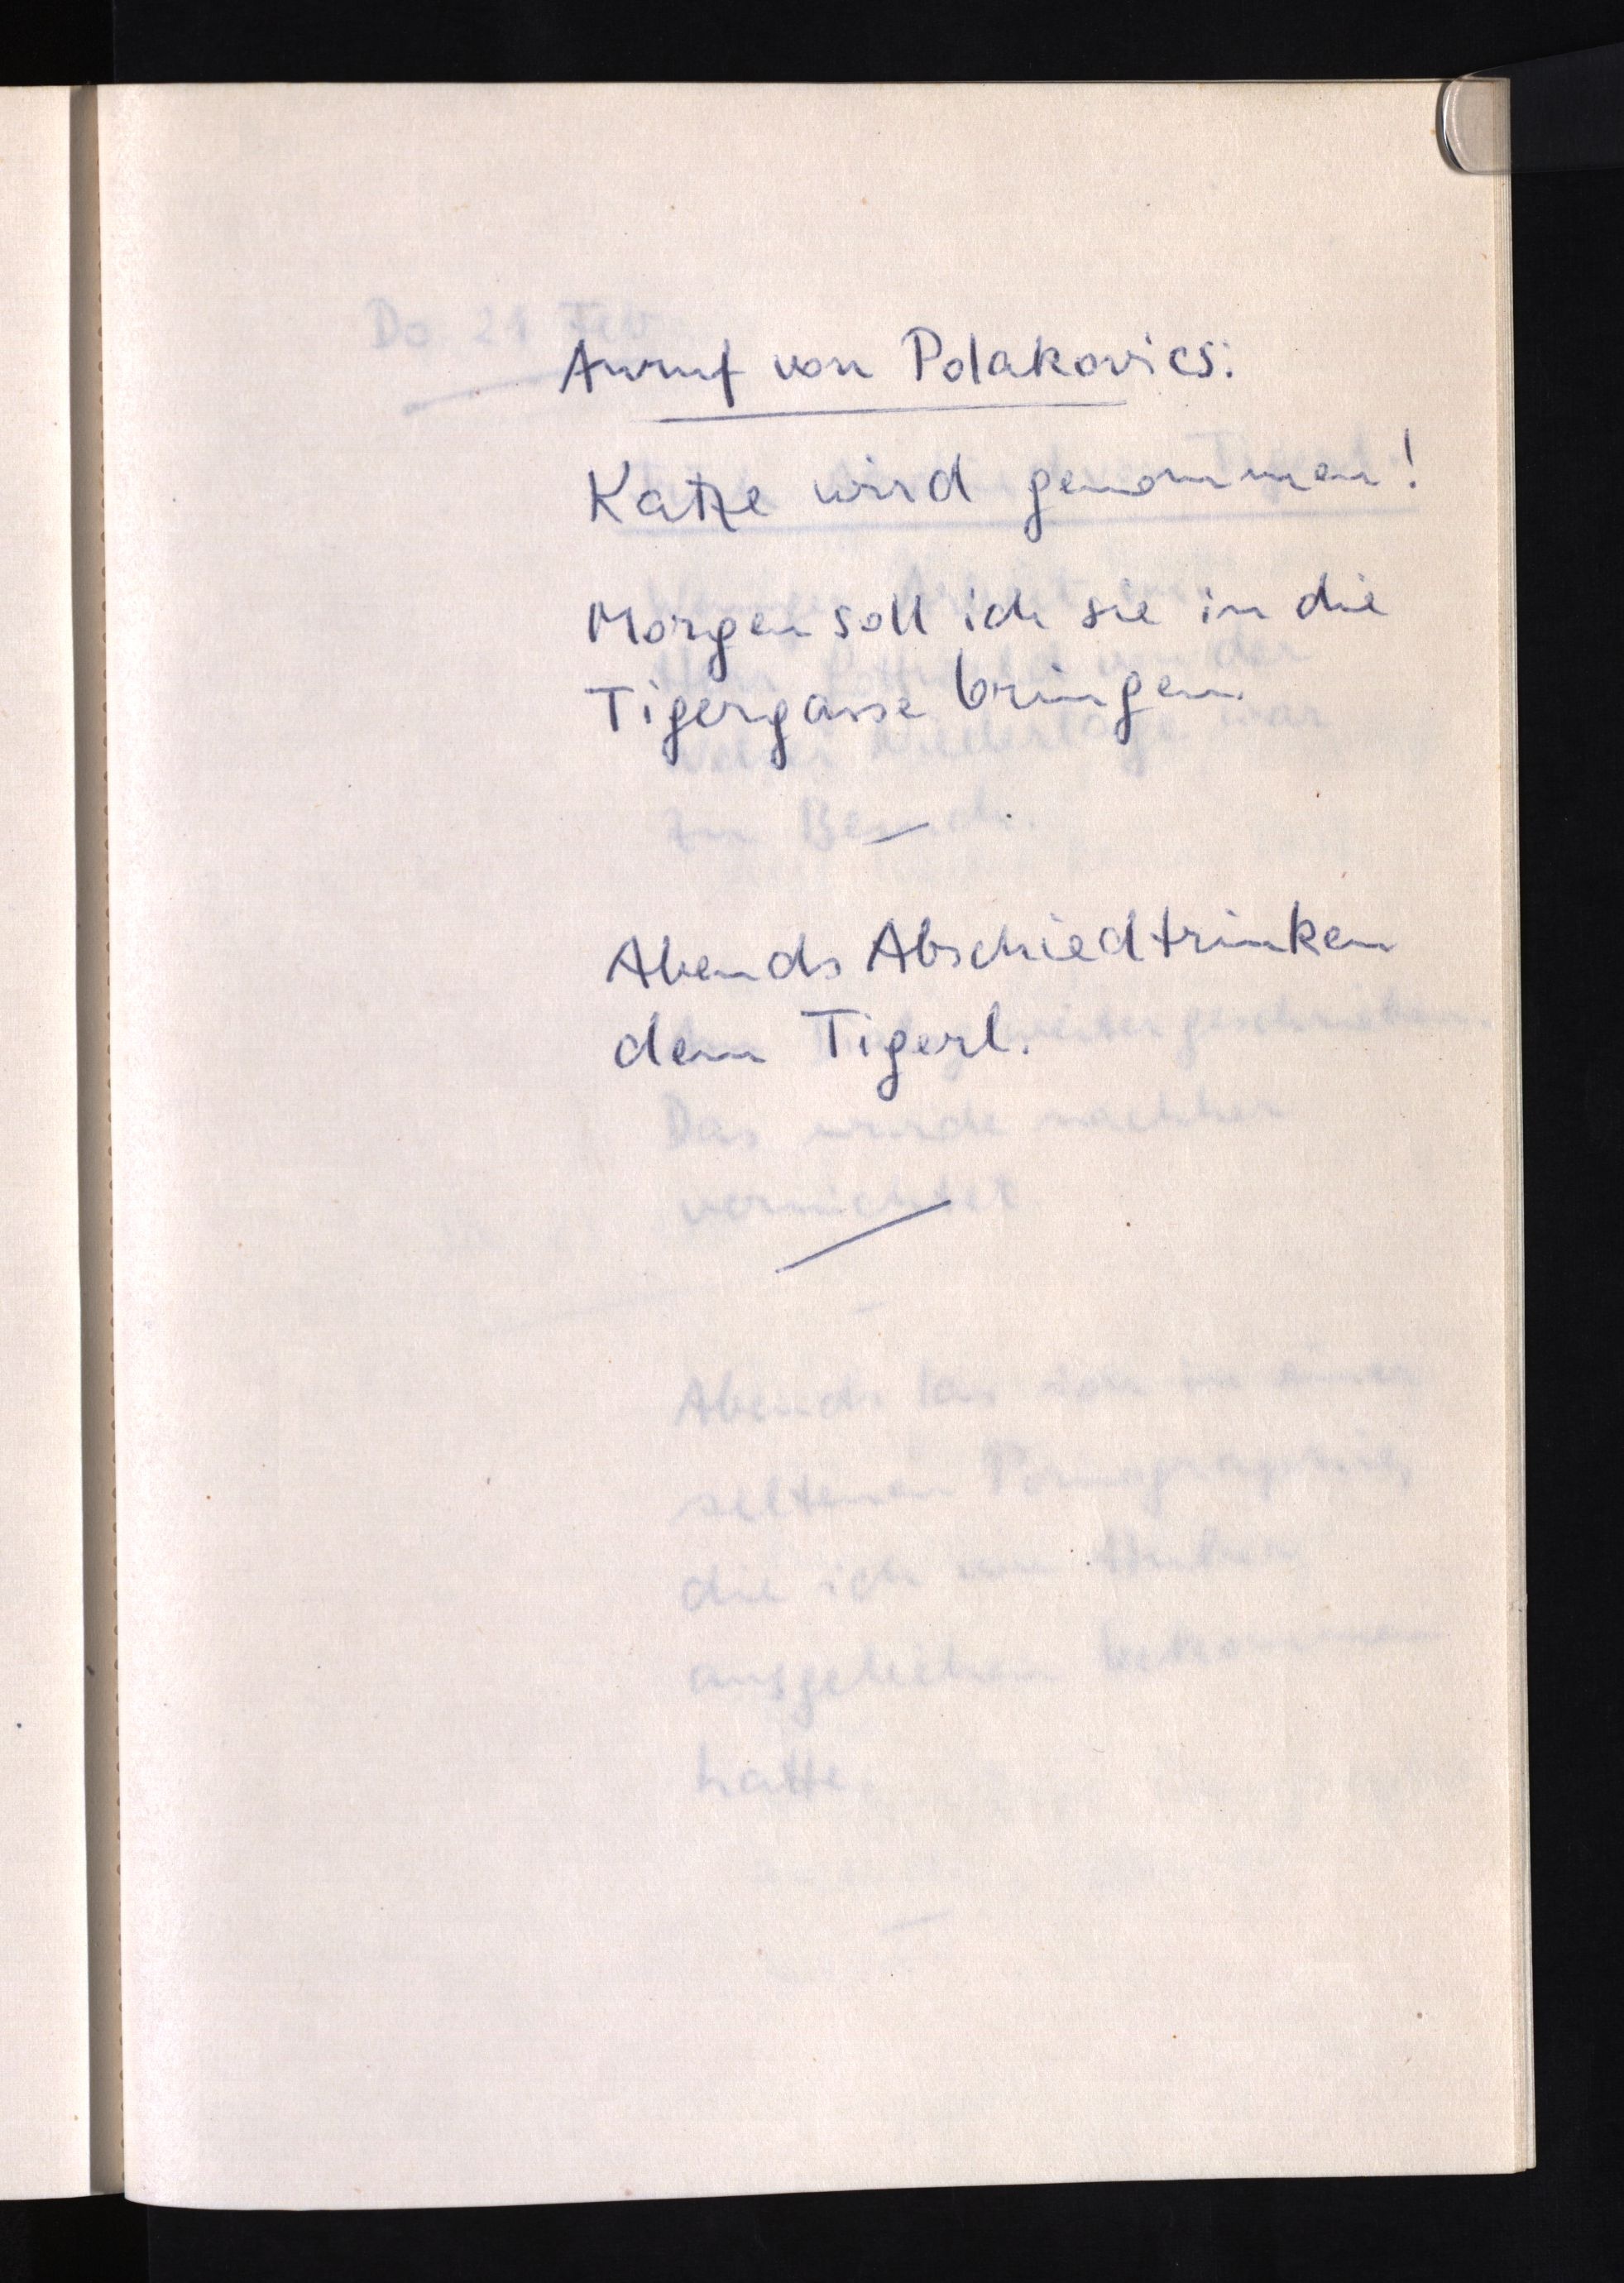
Anruf von Polakovics:
Katze wird genommen!
Morgen soll ich sie in die
Tigergasse bringen.
Abends Abschiedtrinken
dem Tigerl.